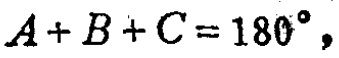
$A + B + C = 180^{\circ},$